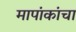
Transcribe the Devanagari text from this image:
मापांकांचा